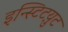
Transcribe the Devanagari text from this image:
इन्स्टिटय़ुट